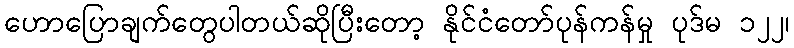
ဟောပြောချက်တွေပါတယ်ဆိုပြီးတော့ နိုင်ငံတော်ပုန်ကန်မှု ပုဒ်မ ၁၂၂၊